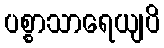
ပစ္စာသာရေယျပိ